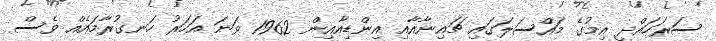
ސަރަހައްދީ އިމުގެ މައްސަލަގައި ޗައިނާއާއި އިންޑިއާއިން 1962 ވަނަ އަހަރު ހަނގުރާމައެއް ވެސް